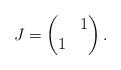
LaTeX: \begin{align*}J=\begin{pmatrix} & 1 \\ 1\end{pmatrix}.\end{align*}